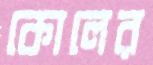
কোলের